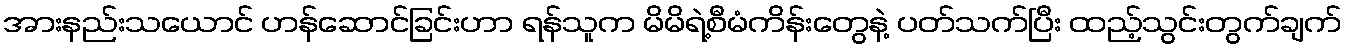
အားနည်းသယောင် ဟန်ဆောင်ခြင်းဟာ ရန်သူက မိမိရဲ့စီမံကိန်းတွေနဲ့ ပတ်သက်ပြီး ထည့်သွင်းတွက်ချက်